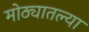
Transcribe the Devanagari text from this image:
मोठ्यातल्या